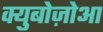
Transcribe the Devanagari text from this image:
क्युबोज़ोआ